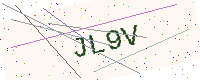
Text: JL9V